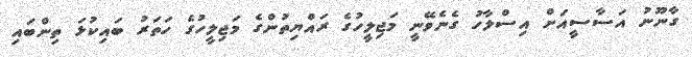
ގާނޫނު އަސާސީއަށް އިސްލާހު ގެނެވޭނީ މަޖިލީހުގެ ރައްޔިތުންގެ މަޖިލީހުގެ ހަތަރު ބައިކުޅަ ތިންބައި